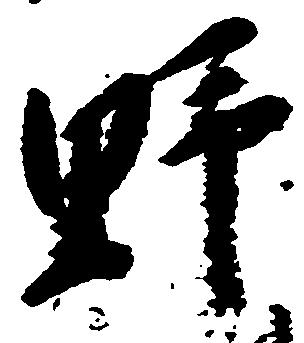
野